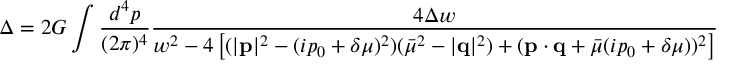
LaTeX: \Delta = 2 G \int \frac { d ^ { 4 } p } { ( 2 \pi ) ^ { 4 } } \frac { 4 \Delta w } { w ^ { 2 } - 4 \left[ ( | { \bf p } | ^ { 2 } - ( i p _ { 0 } + \delta \mu ) ^ { 2 } ) ( \bar { \mu } ^ { 2 } - | { \bf q } | ^ { 2 } ) + ( { \bf p } \cdot { \bf q } + \bar { \mu } ( i p _ { 0 } + \delta \mu ) ) ^ { 2 } \right] }